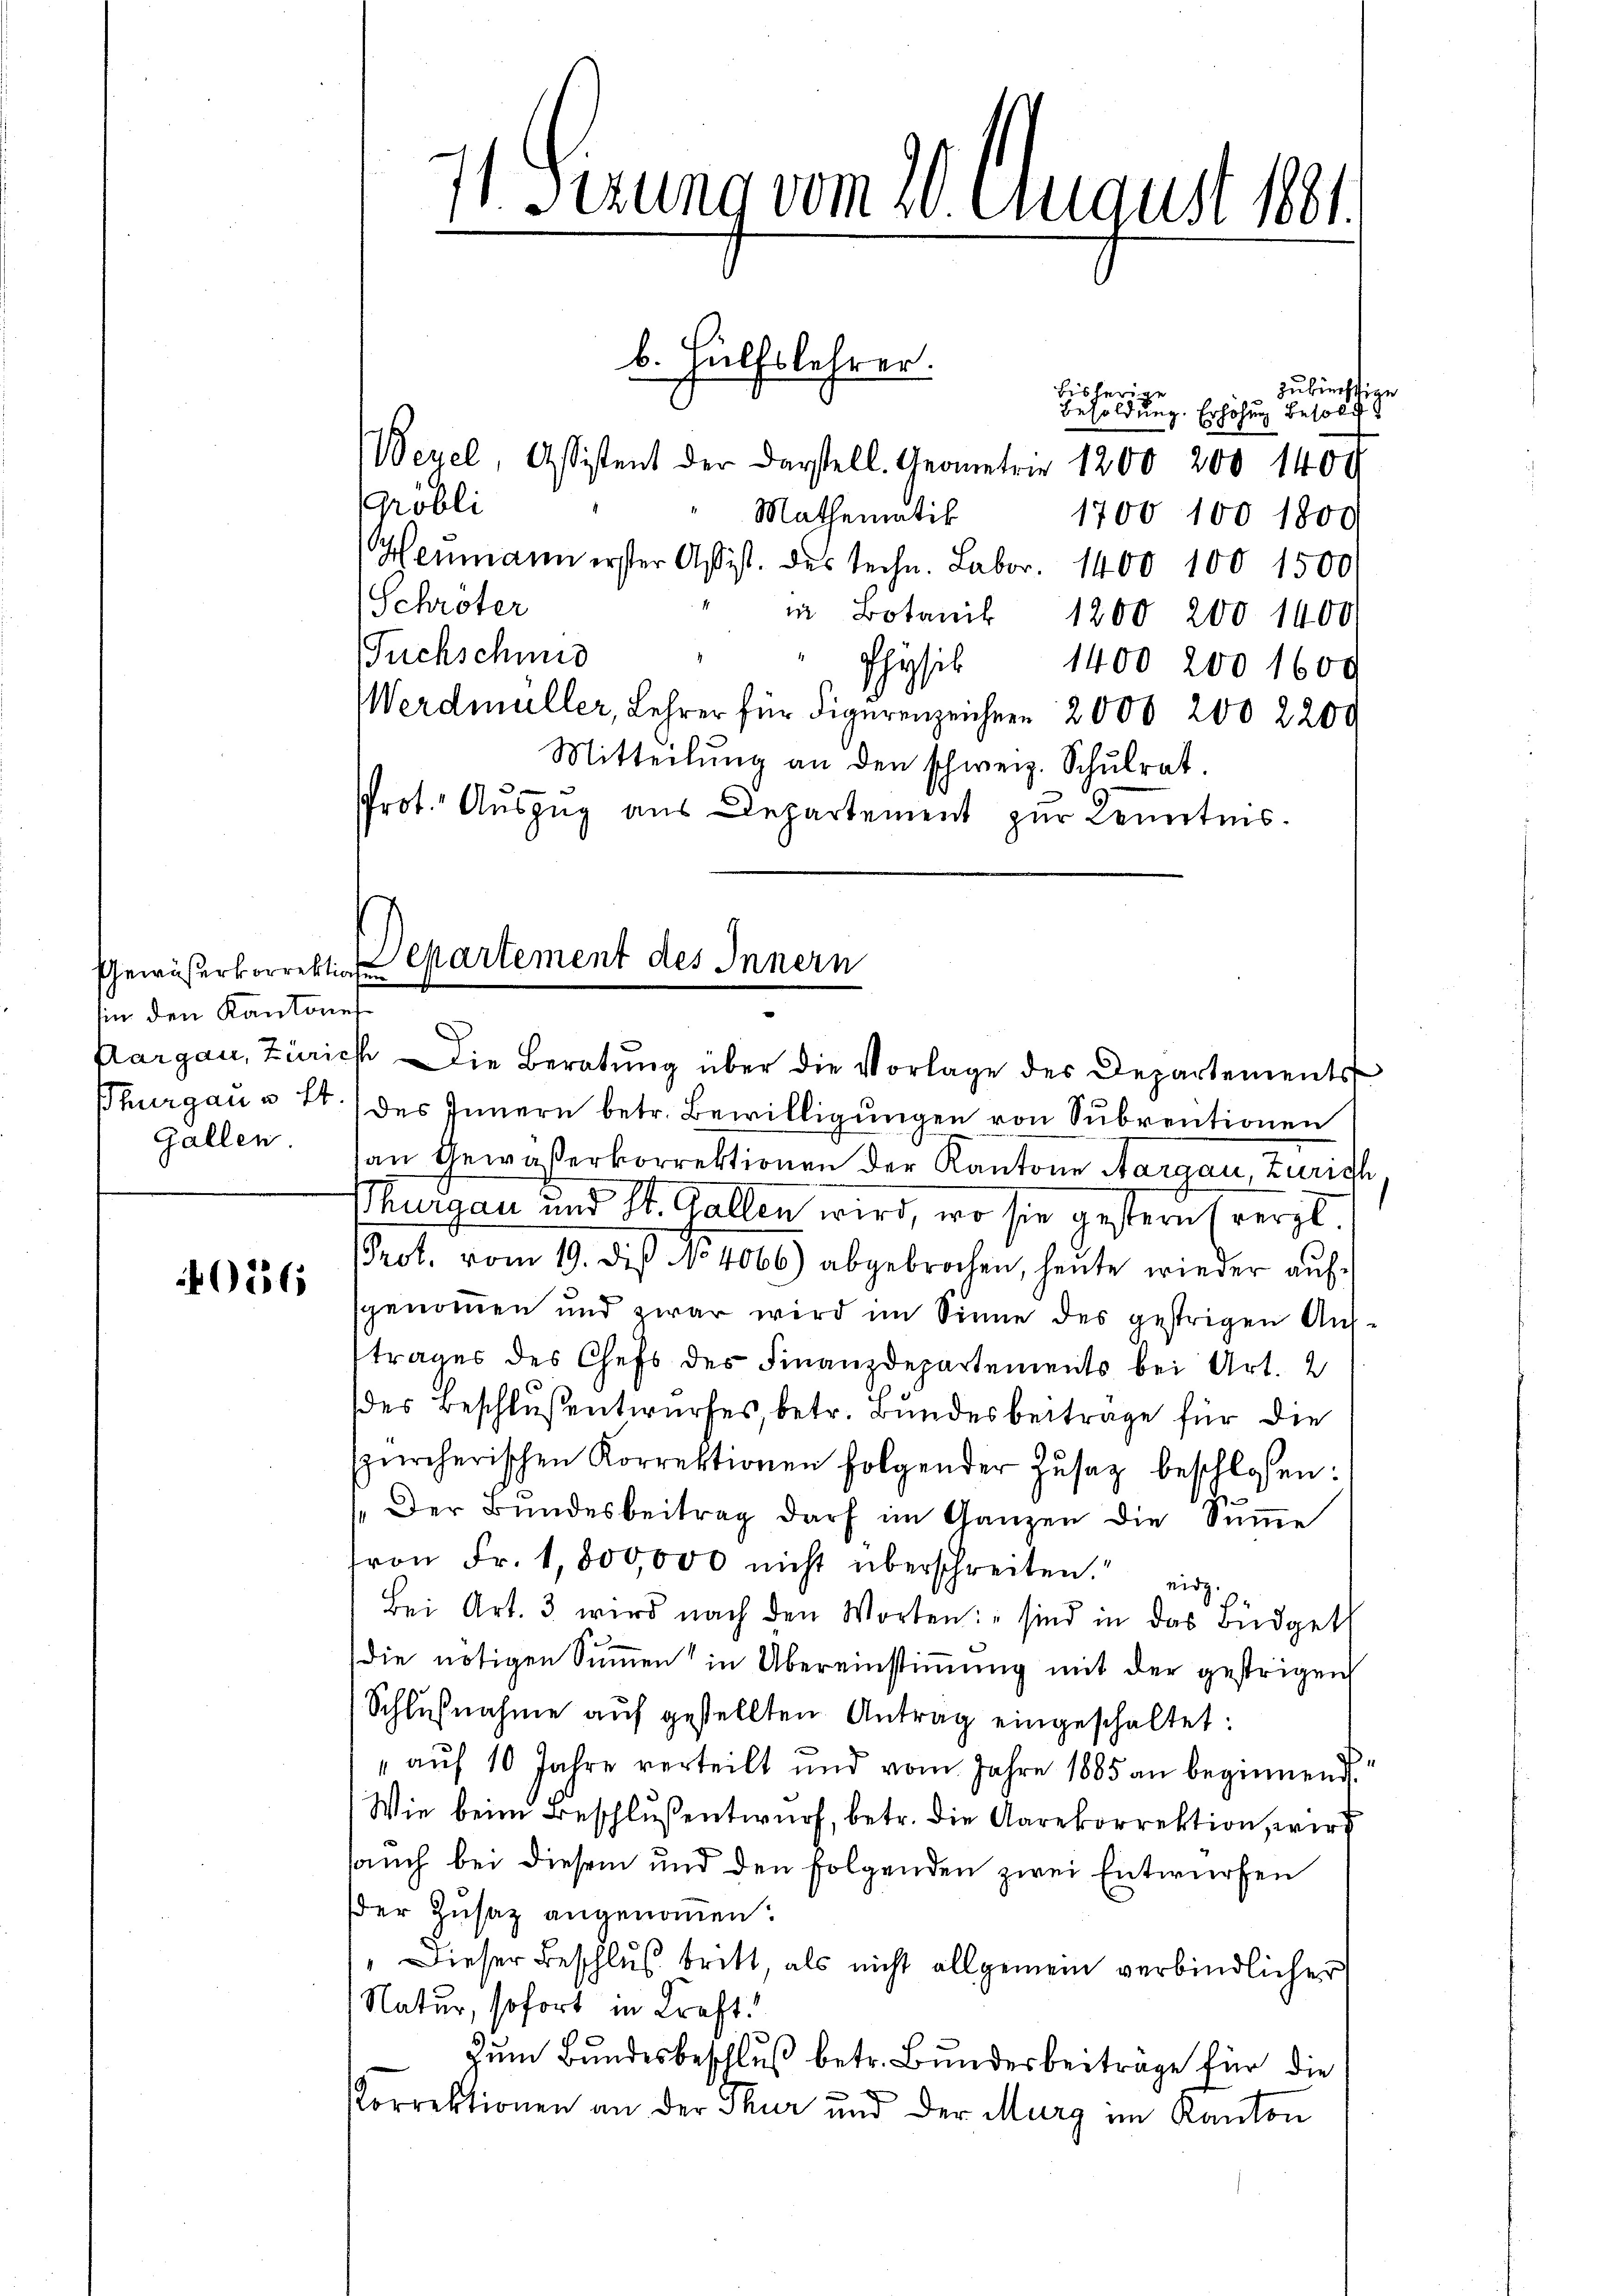
Gewäßerkorrektionen
in den Kantone

036

1 Gerung vom 20. August 1881.
.

bisherige
Besoldung. Erhöhung besold
Gröbli
Mathematik
1700 100 1800
Heŭmann erster Assist. des techn. Febr. 1400 100 1500
Schröter
in Botanis 1200 200 1400
Fuchschmid
Physik 1400 200 1600
Werdmüller, Lehrer für Figurenzeichnen 2000 200 2200
Mitteilŭng an den schweiz. Schŭlrat.
Prot. Aŭszŭg aŭs Departement zur Kenntnis.
Departement des Innern

b. Hülfslehrer.
Weyel, Assistent der Darstell. Geometrie 1200 200 140 x

Aargau, Zürich Die Beratung über die Vorlage des Departements

zubiechtige

Thurgau u lt. des Innern betr. Bewilligungen von Subrentionen
gallen. an Gewäßerkorrektionen der Kantone Aargau, Zürich
Thurgau und St. Gallen wird, wo sie gestern (vergl
Prot. vom 19. dis No 4066) abgebrochen, heute wieder aŭf-
sgenommen und zwar wird im Sinne des gestrigen Austrages des Chefs des Finanzdepartements bei Art. 2
des Beschlußentwurfes, betr. Bundesbeiträge für die
ürcherischen Korrektionen folgender Zŭsatz beschlossen:
.Der Bŭndesbeitrag darf im Ganzen die Sŭṁe
ron Fr. 1,800,000 nicht überschreiten. eid.
Bei Art. 3 wird nach den Worten: sind in das Büdget
die nötigen Summen in Übereinstimmung mit der gestrigen
Schlŭβnahme aŭf gestellten Antrag eingeschaltet:
" auf 10 Jahre verteilt und vom Jahre 1885 an beginnend.
Wie beim Beschluß entwurf, betr. die Aarekorrektion, wird
auch bei diesem und den folgenden zwei Entwürfen
der Zusatz angenommen.
" Dieser Beschluß tritt, als nicht allgemein verbindlicher
Natur, sofort in Kraft.
Zum Bundesbeschluß betr. Bundesbeiträge für die

Porrektionen an der Thur und der Murg im Kanton